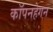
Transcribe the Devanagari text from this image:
कॉपनहेगन